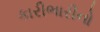
કારીભારીનો